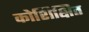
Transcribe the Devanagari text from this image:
कोशिक्षित